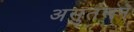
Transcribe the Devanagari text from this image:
असुतंलन